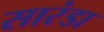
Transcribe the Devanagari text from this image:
सारंडा